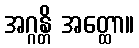
အဂ္ဂန္တိ အတ္ထော။